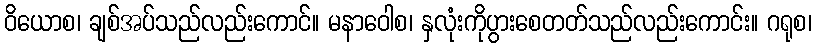
ဝိယောစ၊ ချစ်အပ်သည်လည်းကောင်။ မနာဝေါစ၊ နှလုံးကိုပွားစေတတ်သည်လည်းကောင်း။ ဂရုစ၊